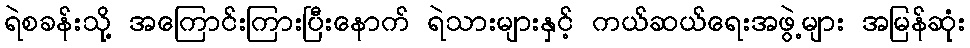
ရဲစခန်းသို့ အကြောင်းကြားပြီးနောက် ရဲသားများနှင့် ကယ်ဆယ်ရေးအဖွဲ့များ အမြန်ဆုံး